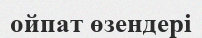
ойпат өзендері